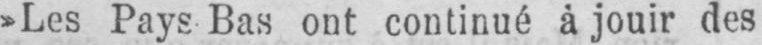
»Les Pays Bas ont continué à jouir des